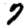
Digit: 7